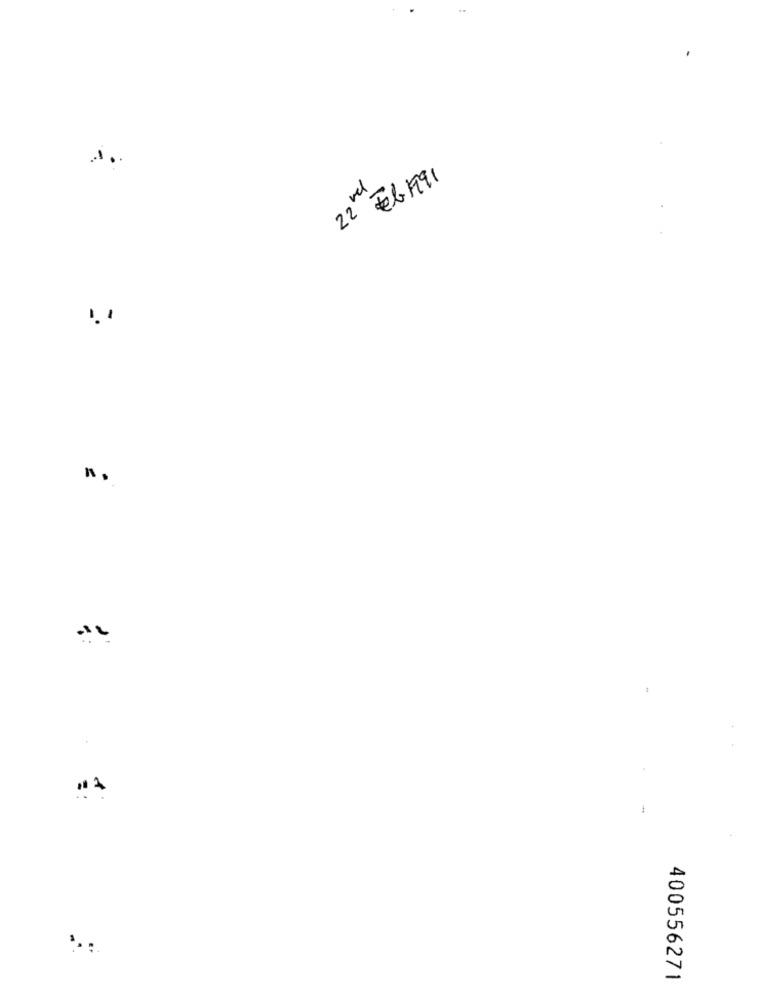
22 Feb 1991
vel
n.
400556271